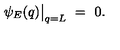
\psi _ { E } ( q ) \bigr | _ { q = L } \ = \ 0 .